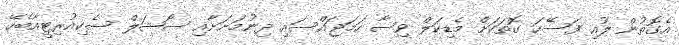
އެގޮތުން ލުއި ފަސޭހަ ގޮތަކަށް މެޑިކަލް ވިސާ ހަމަޖައްސައި ދިނުމަށަށާއި ސޯޝަލް ސެކިއުރިޓީއާބެހޭ